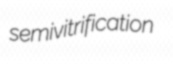
semivitrification